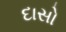
દાસો